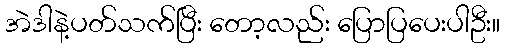
အဲဒါနဲ့ပတ်သက်ပြီး တော့လည်း ပြောပြပေးပါဦး။